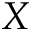
X